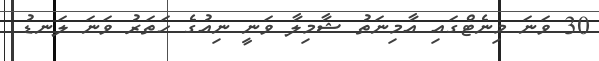
30 ވަނަ މިނެޓްގައި އާމިނަތު ޝާމިލާ ވަނީ ނިއުގެ ހަތަރު ވަނަ ލަނޑު